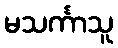
မသင်္ကာသူ